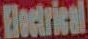
Electrical